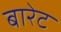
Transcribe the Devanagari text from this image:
बारेट